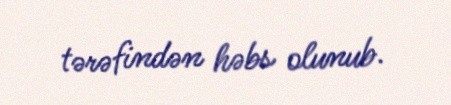
tərəfindən həbs olunub.